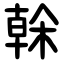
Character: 榦